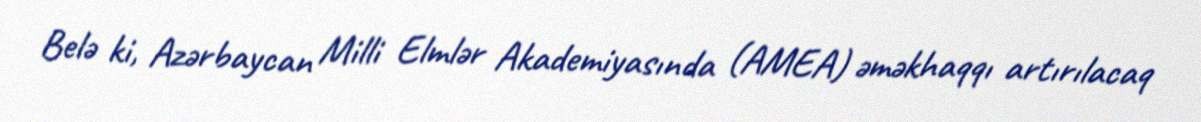
Belə ki, Azərbaycan Milli Elmlər Akademiyasında (AMEA) əməkhaqqı artırılacaq